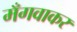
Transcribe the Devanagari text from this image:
मँगवाकर